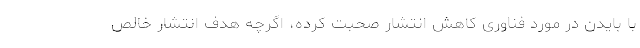
با بایدن در مورد فناوری کاهش انتشار صحبت کرده، اگرچه هدف انتشار خالص